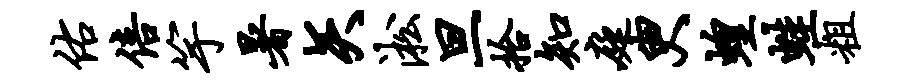
佑倍竽暑矢淞旦拾知庭臾蝗蛙粗